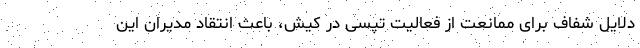
دلایل شفاف برای ممانعت از فعالیت تپسی در کیش، باعث انتقاد مدیران این